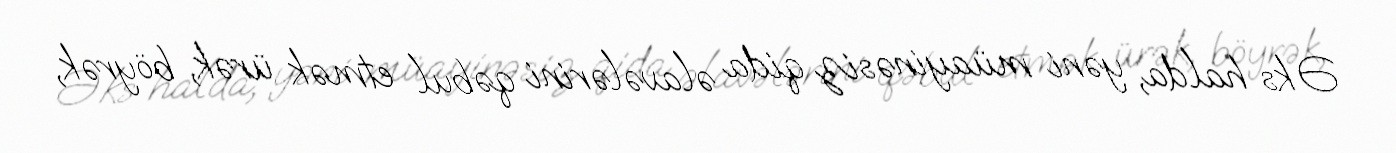
Əks halda, yəni müayinəsiz qida əlavələrini qəbul etmək ürək, böyrək,